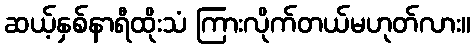
ဆယ့်နှစ်နာရီထိုးသံ ကြားလိုက်တယ်မဟုတ်လား။